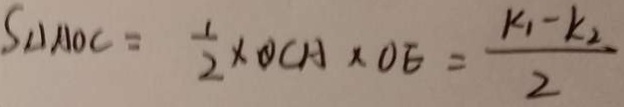
S \Delta A O C = \frac { 1 } { 2 } \times O C A \times O E = \frac { K _ { 1 } - k _ { 2 } } { 2 }